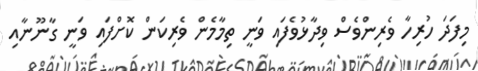
މިފަދަ ހުރިހާ ވެރިންވެސް ވިދާޅުވެފައި ވަނީ ތިމާމެން ވެރިކަން ކޮށްފައި ވަނީ ގާނޫނާއި